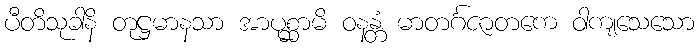
ပီတိသုခါနိ တုဋ္ဌမာနသာ အာပုစ္ဆာမိ ဝနန္တံ မာတင်္ဂဇာတကေ ဝါကျသေသော